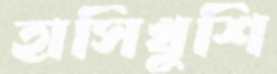
হাসিখুশি